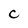
Character: C